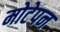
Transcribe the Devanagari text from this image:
मोटेपन